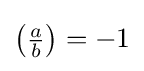
\left({\tfrac {a}{b}}\right)=-1